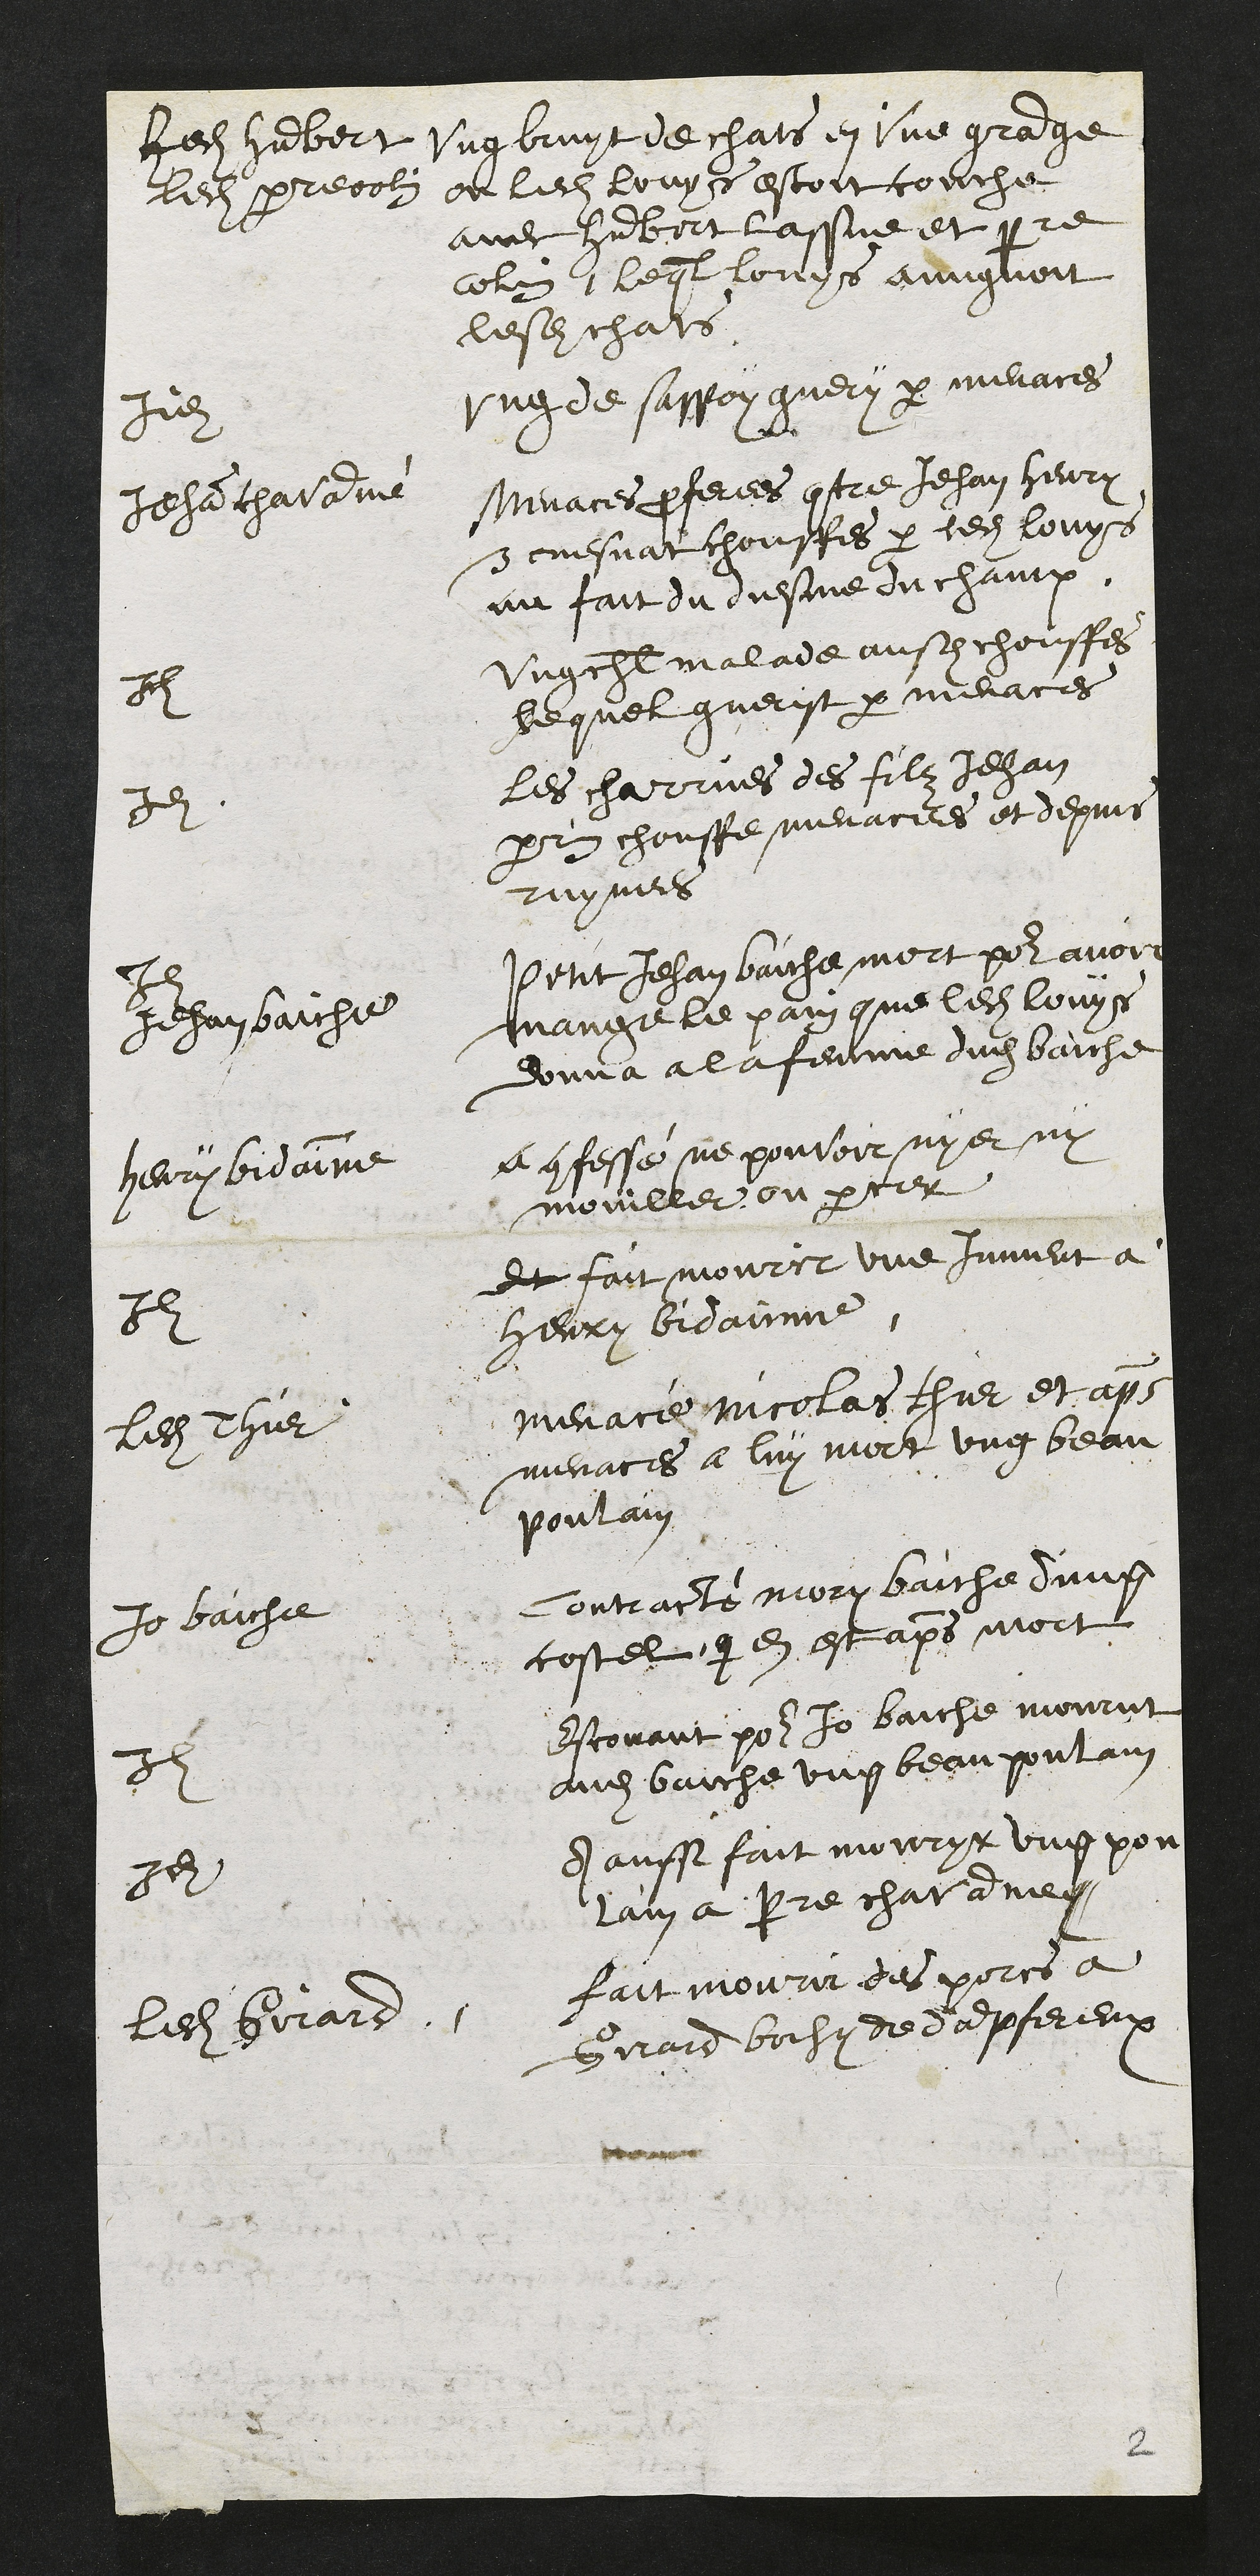
Ledit humbert
ledit Pierre colin
Ung bruit de chats en une grange
ou ledit Louys estoit couche
avec humbert Lassue et pierre
colin lequel Louys amignoit
lesdits chats
Iidem
Ung de sappoy guery par menaces
Jehan chavanne
Menaces proferees contre Jehan henry
et cuesnat chouffes par ledit Louys
au fait du diesme du champ.
Idem
Ung cheval malade ausdit chouffes
lequel guerit par menaces
Idem
Les charrues des filz Jehan
perrin chouffe menacees et depuis
ruynees
Idem
Jehan Baiche
Petit Jehan Baiche mort pour avoir
mange le pain que ledit louys
donna a la femme dudit baiche
Henry Bidainne
a confessé ne pouvoir nyer ny
mouiller ou percer
Idem
et fait mourir une jument a
Henry Bidainne
Ledit Thier
Menacé Nicolas Thier et apres
menaces a luy mort ung beau
poulain
Jo baiche
Contracté mory baiche d'ung
costel que en est apres mort
Idem
Escourant pour Jo baiche mourut
audit baiche ung beau poulain
Idem
A aussi fait mouryr ung pou
lain a perre chavanney
Ledit Girard
Fait mourir des porcs a
Girard bochy de dampfereux
2